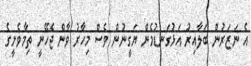
އެ ނަޒަރުން ބަލާއިރު އަޅުގަނޑުމެން ޔަގީނުން ވެސް މިހާރު ވާން ޖެހޭނީ ތިމާވެށީގެ